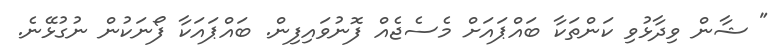
" ޝާން ވިދާޅުވި ކަންތަކާ ބައްޕައަށް މެސެޖެއް ފޮނުވައިފިން. ބައްޕައަކާ ފޯނަކުން ނުގުޅޭނެ.